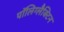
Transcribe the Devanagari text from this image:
पॉलिग्लैक्टिन